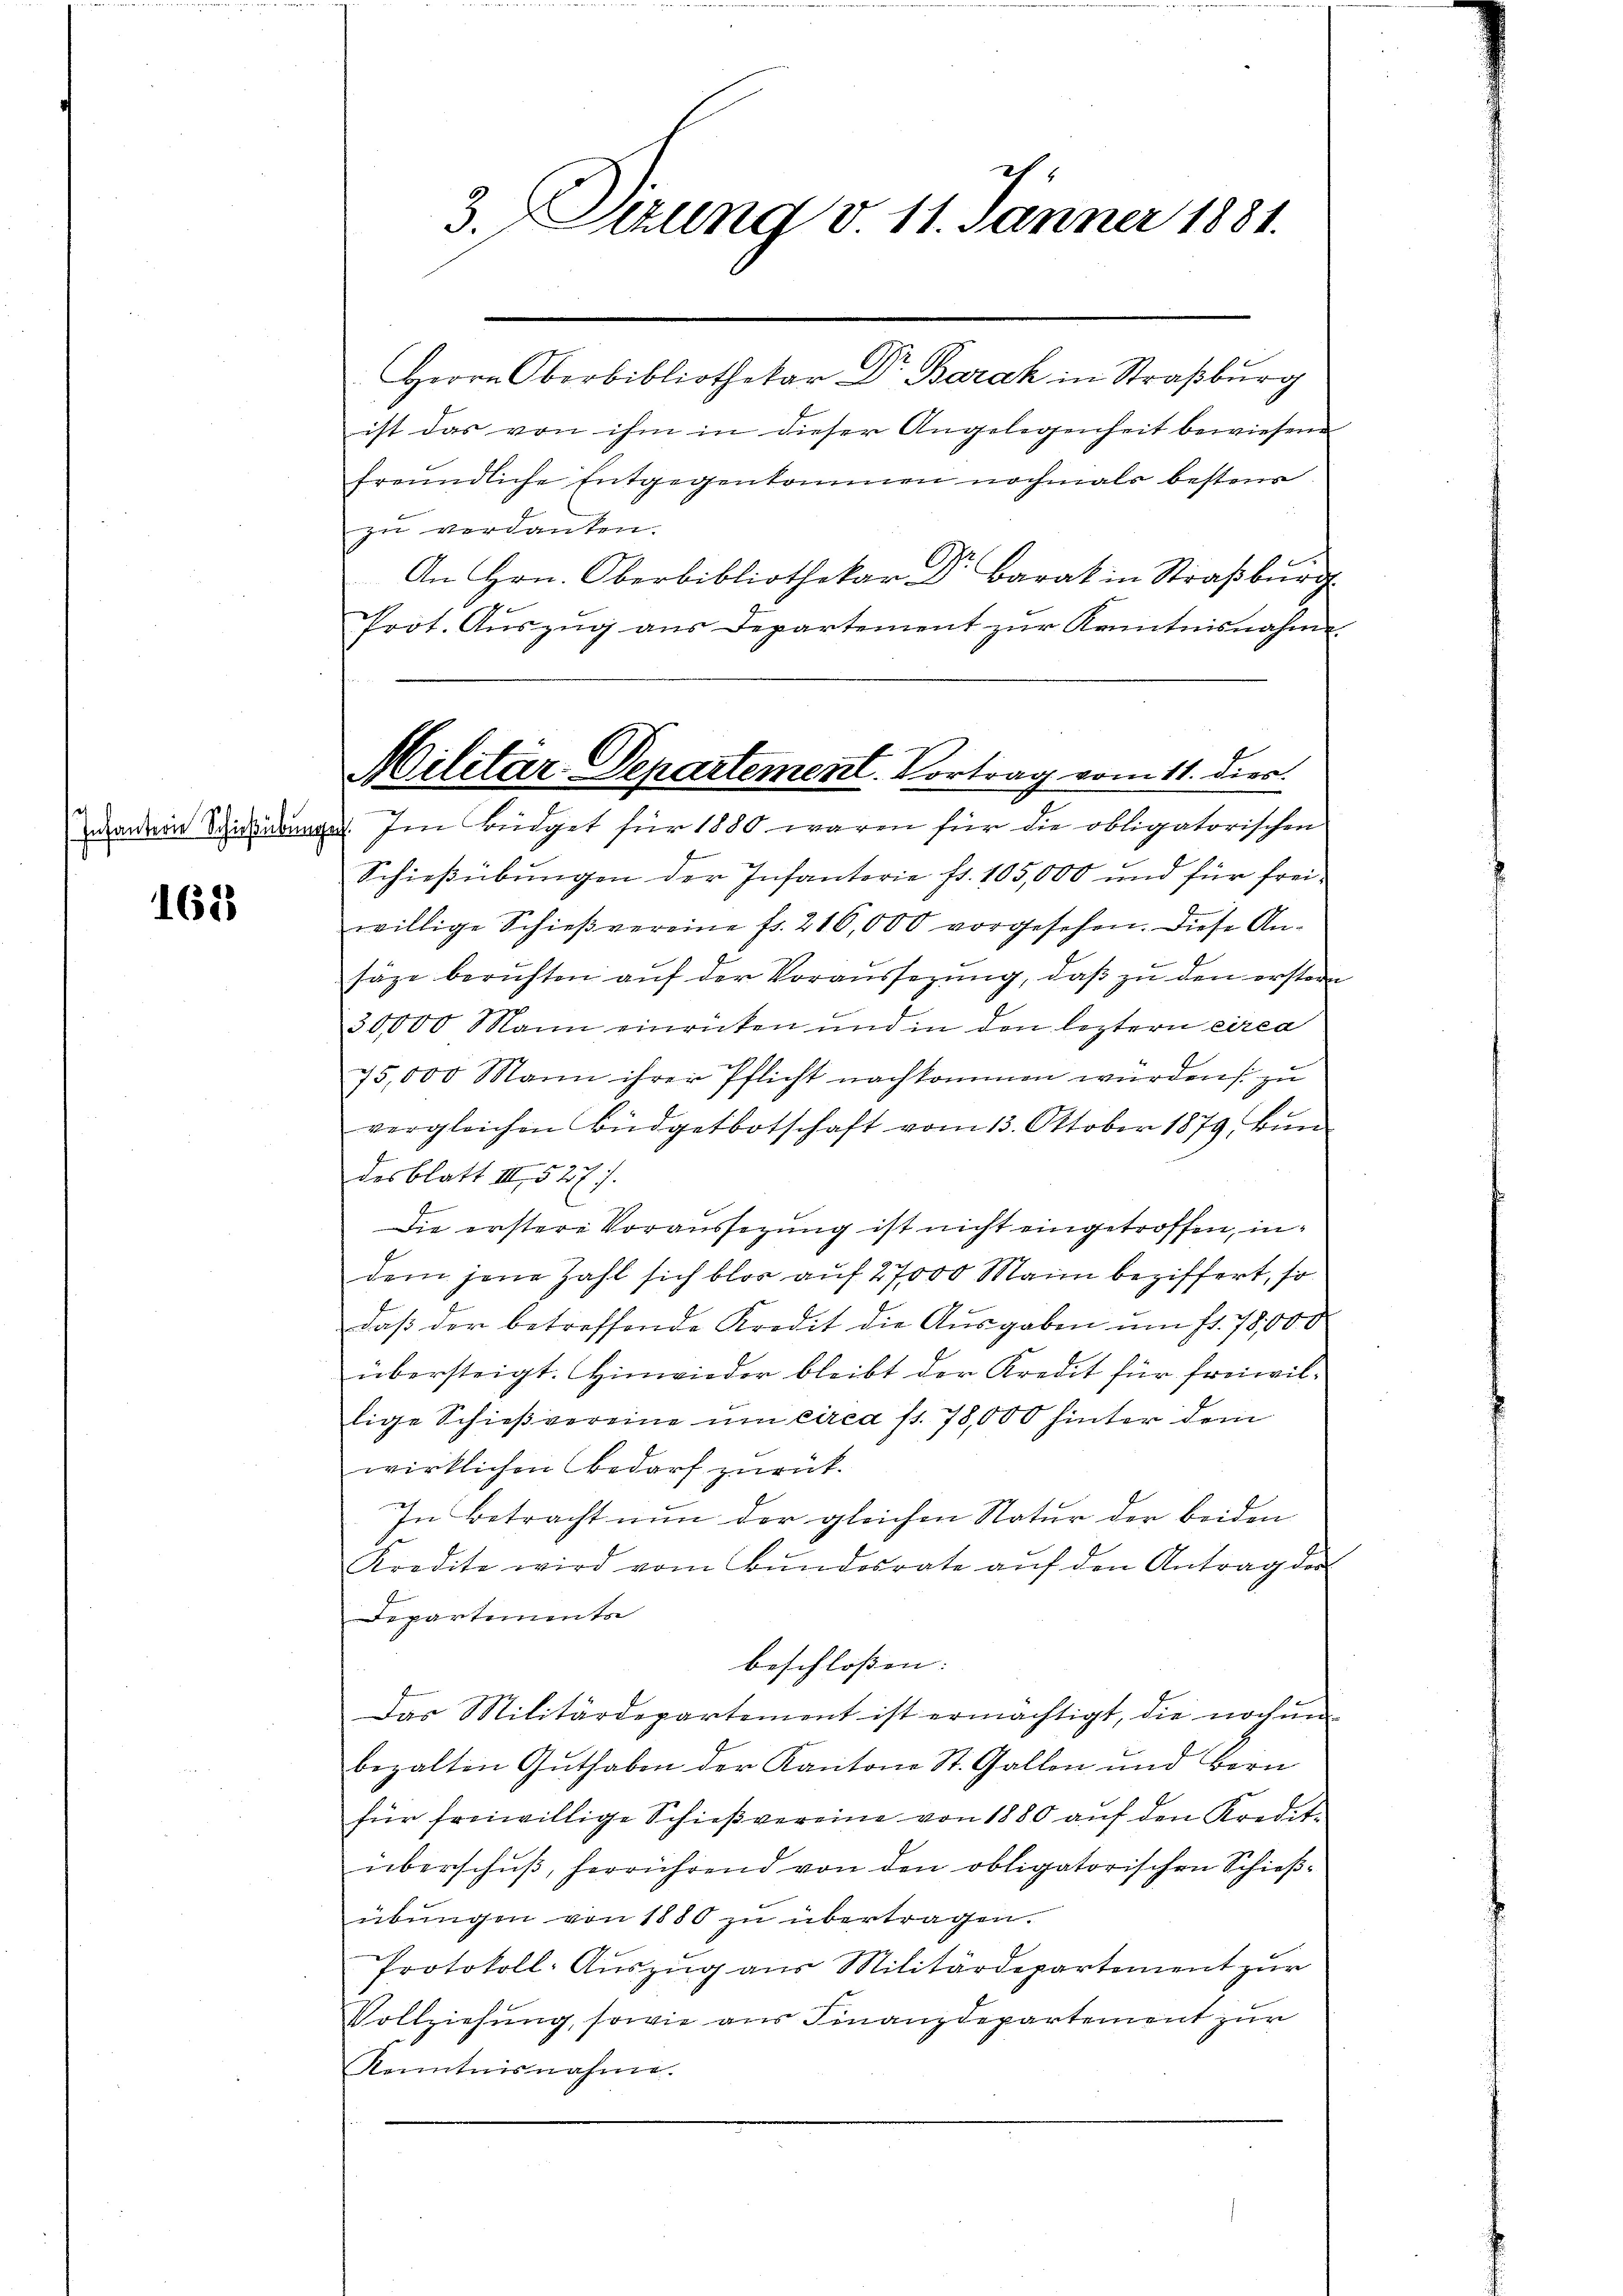
Infanterie Schießübung

1628

3. Sizung v. 11. Jänner 1881.

Herrn Oberbibliothekar Dr. Barak in Straßburg
ist das von ihm in dieser Angelegenheit bewiesene
freundliche Entgegenkommen nochmals bestens
zu verdanken.
C
An Hrn. Oberbibliothekar Dr. Barak in Straßburg.
Prot. Auszug aus Departement zur Kenntnisnahme
d. Im Büdget für 1880 waren für die obligatorischen
Schießübungen der Infanterie fr. 105,000 und für freiwillige Schießvereine fr. 216,000 vorgesehen. Diese An-
säze beruhten aŭf der Voraŭssezung, daβ zŭ den erstern
30,000 Mann einricken und in den leztern circa
75,000 Mann ihrer Pflicht nachkommen wurden zu
vergleichen Büdgetbotschaft vom 13. Oktober 1879. Bŭn
e
desblatt III 327.
Die erstere Voraussezung ist nicht eingetroffen, indem jene Zahl sich blos auf 27000 Mann beziffert, so
daß der betreffende Kredit die Ausgaben ŭm fr. 78,000
übersteigt. Hinwieder bleibt der Kredit für freiwillige Schießvereine um circa fl. 78,000 hinter dem
wirklichen Bedarf zurück.
In Betracht nun der gleichen Natur der beiden
Kredite wird vom Bŭndesrate aŭf den Antrag der
Departemente
beschlossen:
Das Militärdepartement ist ermächtigt, die noch ŭm
bezalten Guthaben der Kantone St. Gallen und Bern
für freiwillige Schieβvereine von 1880 aŭf den Kredit-
überschuß, herrührend von den obligatorischen Schießübungen von 1880 zu übertragen.
Protokoll- Auszug aus Militärdepartement zur
Vollziehung, sowie aus Finanzdepartement zur
Kenntnisnahme.

Militar Departement. Vortrag vom 11. Dier.